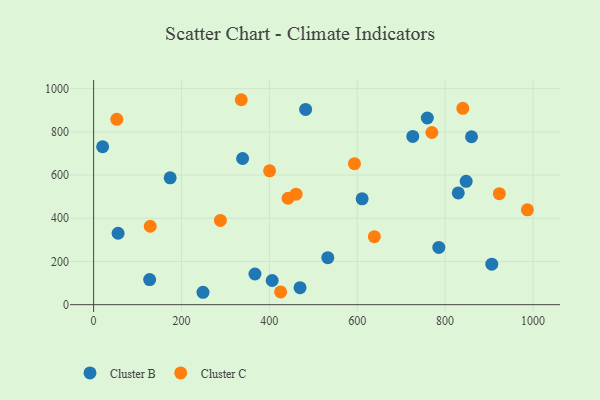
{"axis": {"x": "Speed", "y": "Rating"}, "legend": ["Cluster B", "Cluster C"], "data": [{"x": "482.5", "y": 903.9, "type": "Cluster B"}, {"x": "759.5", "y": 864.1, "type": "Cluster B"}, {"x": "174.2", "y": 587.2, "type": "Cluster B"}, {"x": "829.9", "y": 517.5, "type": "Cluster B"}, {"x": "906.2", "y": 187.6, "type": "Cluster B"}, {"x": "127.5", "y": 116.1, "type": "Cluster B"}, {"x": "847.9", "y": 570.9, "type": "Cluster B"}, {"x": "860.1", "y": 777.4, "type": "Cluster B"}, {"x": "367.2", "y": 141.9, "type": "Cluster B"}, {"x": "726.4", "y": 778.7, "type": "Cluster B"}, {"x": "406.4", "y": 112.0, "type": "Cluster B"}, {"x": "339.1", "y": 676.7, "type": "Cluster B"}, {"x": "55.7", "y": 330.7, "type": "Cluster B"}, {"x": "785.6", "y": 264.8, "type": "Cluster B"}, {"x": "611.1", "y": 489.8, "type": "Cluster B"}, {"x": "248.9", "y": 57.4, "type": "Cluster B"}, {"x": "20.5", "y": 731.0, "type": "Cluster B"}, {"x": "533.0", "y": 217.7, "type": "Cluster B"}, {"x": "469.8", "y": 78.8, "type": "Cluster B"}, {"x": "593.7", "y": 652.5, "type": "Cluster C"}, {"x": "128.9", "y": 363.0, "type": "Cluster C"}, {"x": "442.5", "y": 492.7, "type": "Cluster C"}, {"x": "840.3", "y": 909.1, "type": "Cluster C"}, {"x": "425.6", "y": 58.8, "type": "Cluster C"}, {"x": "288.5", "y": 390.1, "type": "Cluster C"}, {"x": "336.0", "y": 948.7, "type": "Cluster C"}, {"x": "52.7", "y": 858.2, "type": "Cluster C"}, {"x": "923.4", "y": 513.7, "type": "Cluster C"}, {"x": "460.8", "y": 511.4, "type": "Cluster C"}, {"x": "769.8", "y": 797.1, "type": "Cluster C"}, {"x": "987.2", "y": 438.9, "type": "Cluster C"}, {"x": "638.9", "y": 314.7, "type": "Cluster C"}, {"x": "400.5", "y": 619.5, "type": "Cluster C"}]}